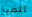
للطبخ